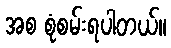
အစ စုံစမ်းရပါတယ်။